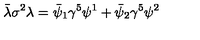
\bar { \lambda } \sigma ^ { 2 } \lambda = \bar { \psi } _ { 1 } \gamma ^ { 5 } \psi ^ { 1 } + \bar { \psi } _ { 2 } \gamma ^ { 5 } \psi ^ { 2 }